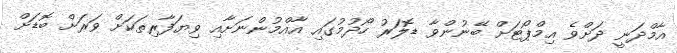
އާމްދަނީ ދަށްވެ އިމްޕޯޓަށް ބޭނުންވާ ޑޮލަރު ހޯދުމުގައި އާއްމުންނަށާއި ވިޔަފާރިތަކަށް ވަރަށް ބޮޑަށް